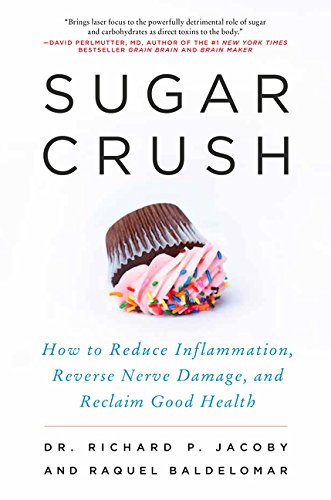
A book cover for Sugar Crush: How to Reduce Inflammation, Reverse Nerve Damage, and Reclaim Good Health; Richard Jacoby; Health, Fitness & Dieting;